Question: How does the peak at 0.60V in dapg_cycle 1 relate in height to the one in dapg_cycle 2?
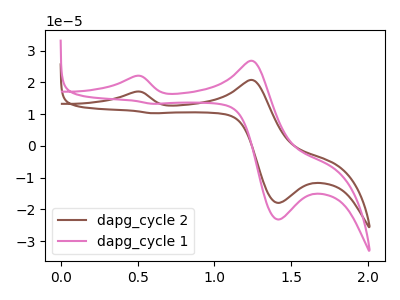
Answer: <think>The brown curve "dapg_cycle 2" has anodic peaks at (0.50V, 17.10uA) (1.25V, 20.80uA) and cathodic peaks at (1.40V, -18.00uA) (0.60V, 10.30uA). The pink curve "dapg_cycle 1" has anodic peaks at (0.50V, 22.05uA) (1.25V, 26.80uA) and cathodic peaks at (1.40V, -23.20uA) (0.60V, 13.25uA).</think>
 <answer>The peak at 0.60V is lower in "dapg_cycle 1" than in "dapg_cycle 2".</answer>
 <eval>lower</eval>